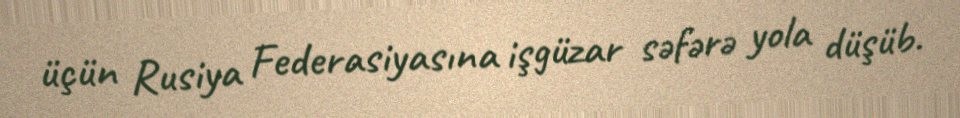
üçün Rusiya Federasiyasına işgüzar səfərə yola düşüb.